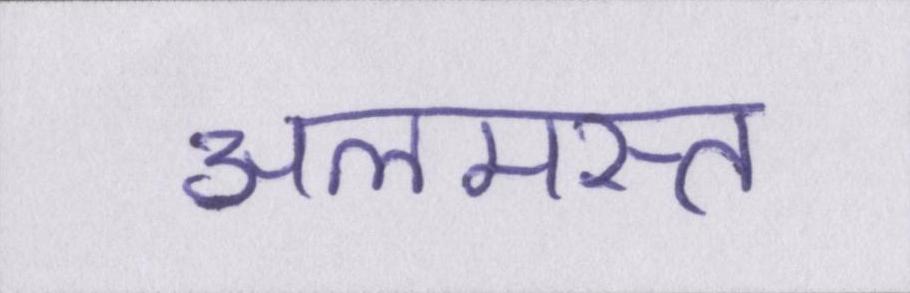
अलमस्त